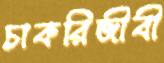
চাকরিজীবী